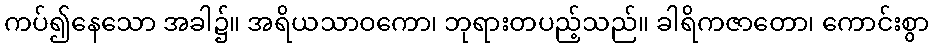
ကပ်၍နေသော အခါ၌။ အရိယသာဝကော၊ ဘုရားတပည့်သည်။ ခါရိကဇာတော၊ ကောင်းစွာ